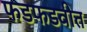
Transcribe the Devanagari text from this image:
फडफडवीत